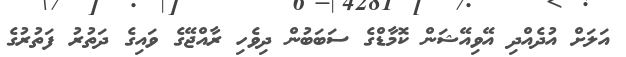
އަލަށް އުދެއްދި އޭވިއޭޝަން ކޮމާޑްގެ ސަބަބުން ދިވެހި ރާއްޖޭގެ ވައިގެ ދަތުރު ފަތުރުގެ